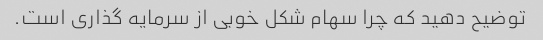
توضیح دهید که چرا سهام شکل خوبی از سرمایه گذاری است.